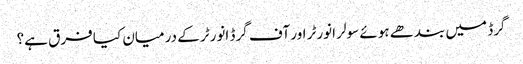
گرڈ میں بندھے ہوئے سولر انورٹر اور آف گرڈ انورٹر کے درمیان کیا فرق ہے؟